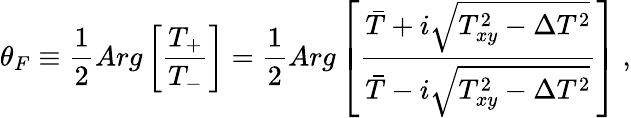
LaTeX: \theta_{F}\equiv\frac{1}{2}Arg\left[\frac{T_{+}}{T_{-}}\right]=\frac{1}{2}Arg\left[\frac{\bar{T}+i\sqrt{T_{xy}^{2}-\Delta T^{2}}}{\bar{T}-i\sqrt{T_{xy}^{2}-\Delta T^{2}}}\right]\ ,